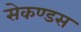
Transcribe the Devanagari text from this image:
सेकण्डस